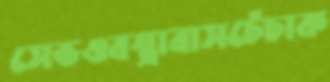
সেভওবস্ত্রাবাসচেঁচাক